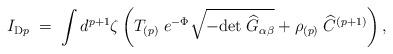
LaTeX: \begin{align*}I_{{\rm D}p} \; = \; \int d^{p+1}\zeta \left( T_{(p)}\; e^{-\Phi}\sqrt{-{\rm det}\;{\widehat G}_{\alpha\beta} }+ \rho_{(p)}\; {\widehat C}^{(p+1)} \right) ,\end{align*}